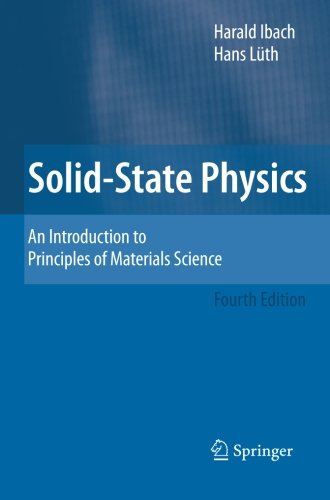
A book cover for Solid-State Physics: An Introduction to Principles of Materials Science (Advanced Texts in Physics); Harald Ibach; Science & Math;